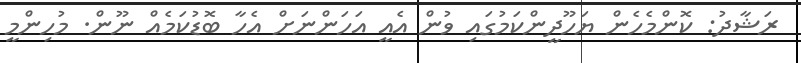
ރަޝާދު: ކޮންމެހެން ޔަހޫދީންކަމުގައި ވުން އެއީ އަހަންނަށް އެހާ ބޮޑުކަމެއް ނޫން. މުހިންމީ